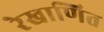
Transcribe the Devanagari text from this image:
रेखाणित